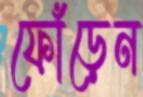
ফোঁড়েন